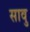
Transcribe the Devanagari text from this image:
सावु